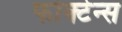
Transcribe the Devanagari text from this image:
फोक्टेन्स